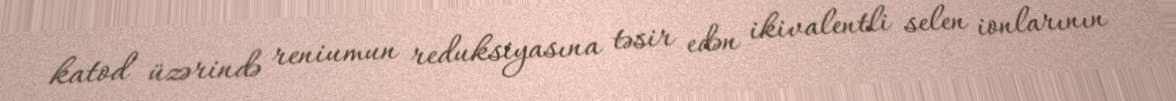
katod üzərində reniumun reduksiyasına təsir edən ikivalentli selen ionlarının